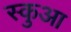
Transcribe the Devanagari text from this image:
स्कुआ